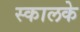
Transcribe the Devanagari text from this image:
स्कालके